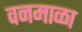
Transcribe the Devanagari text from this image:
वनमाळा